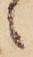
々